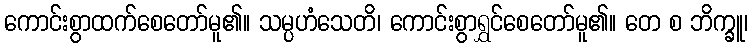
ကောင်းစွာထက်စေတော်မူ၏။ သမ္ပဟံသေတိ၊ ကောင်းစွာရွှင်စေတော်မူ၏။ တေ စ ဘိက္ခူ၊